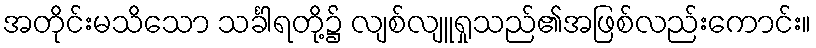
အတိုင်းမသိသော သင်္ခါရတို့၌ လျစ်လျူရှုသည်၏အဖြစ်လည်းကောင်း။